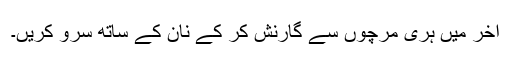
آخر میں ہری مرچوں سے گارنش کر کے نان کے ساتھ سرو کریں۔